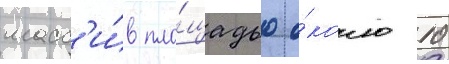
масс'и́в пло́щадью о́коло 10